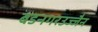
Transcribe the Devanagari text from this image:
बडनगरउज्जैन